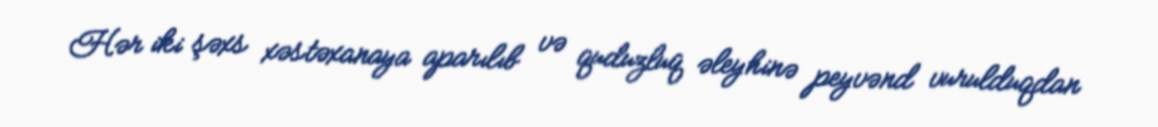
Hər iki şəxs xəstəxanaya aparılıb və quduzluq əleyhinə peyvənd vurulduqdan